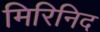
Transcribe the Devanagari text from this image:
मिरिनिद